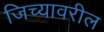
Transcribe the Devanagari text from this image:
जिच्यावरील